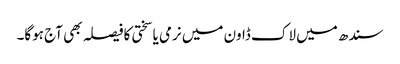
سندھ میں لاک ڈاون میں نرمی یا سختی کا فیصلہ بھی آج ہوگا۔